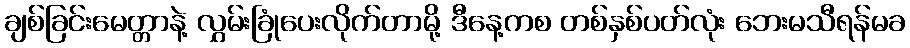
ချစ်ခြင်းမေတ္တာနဲ့ လွှမ်းခြုံပေးလိုက်တာမို့ ဒီနေ့ကစ တစ်နှစ်ပတ်လုံး ဘေးမသီရန်မခ